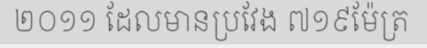
២០១១ ដែលមានប្រវែង ៧១៩ម៉ែត្រ